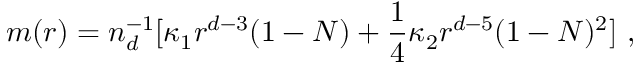
m ( r ) = n _ { d } ^ { - 1 } [ \kappa _ { 1 } r ^ { d - 3 } ( 1 - N ) + \frac 1 4 \kappa _ { 2 } r ^ { d - 5 } ( 1 - N ) ^ { 2 } ] \ ,